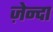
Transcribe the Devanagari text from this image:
ज़ेन्दा